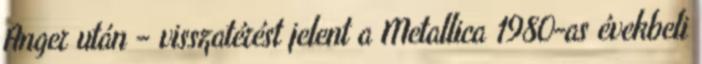
Anger után – visszatérést jelent a Metallica 1980-as évekbeli